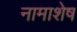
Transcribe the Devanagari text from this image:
नामाशेष